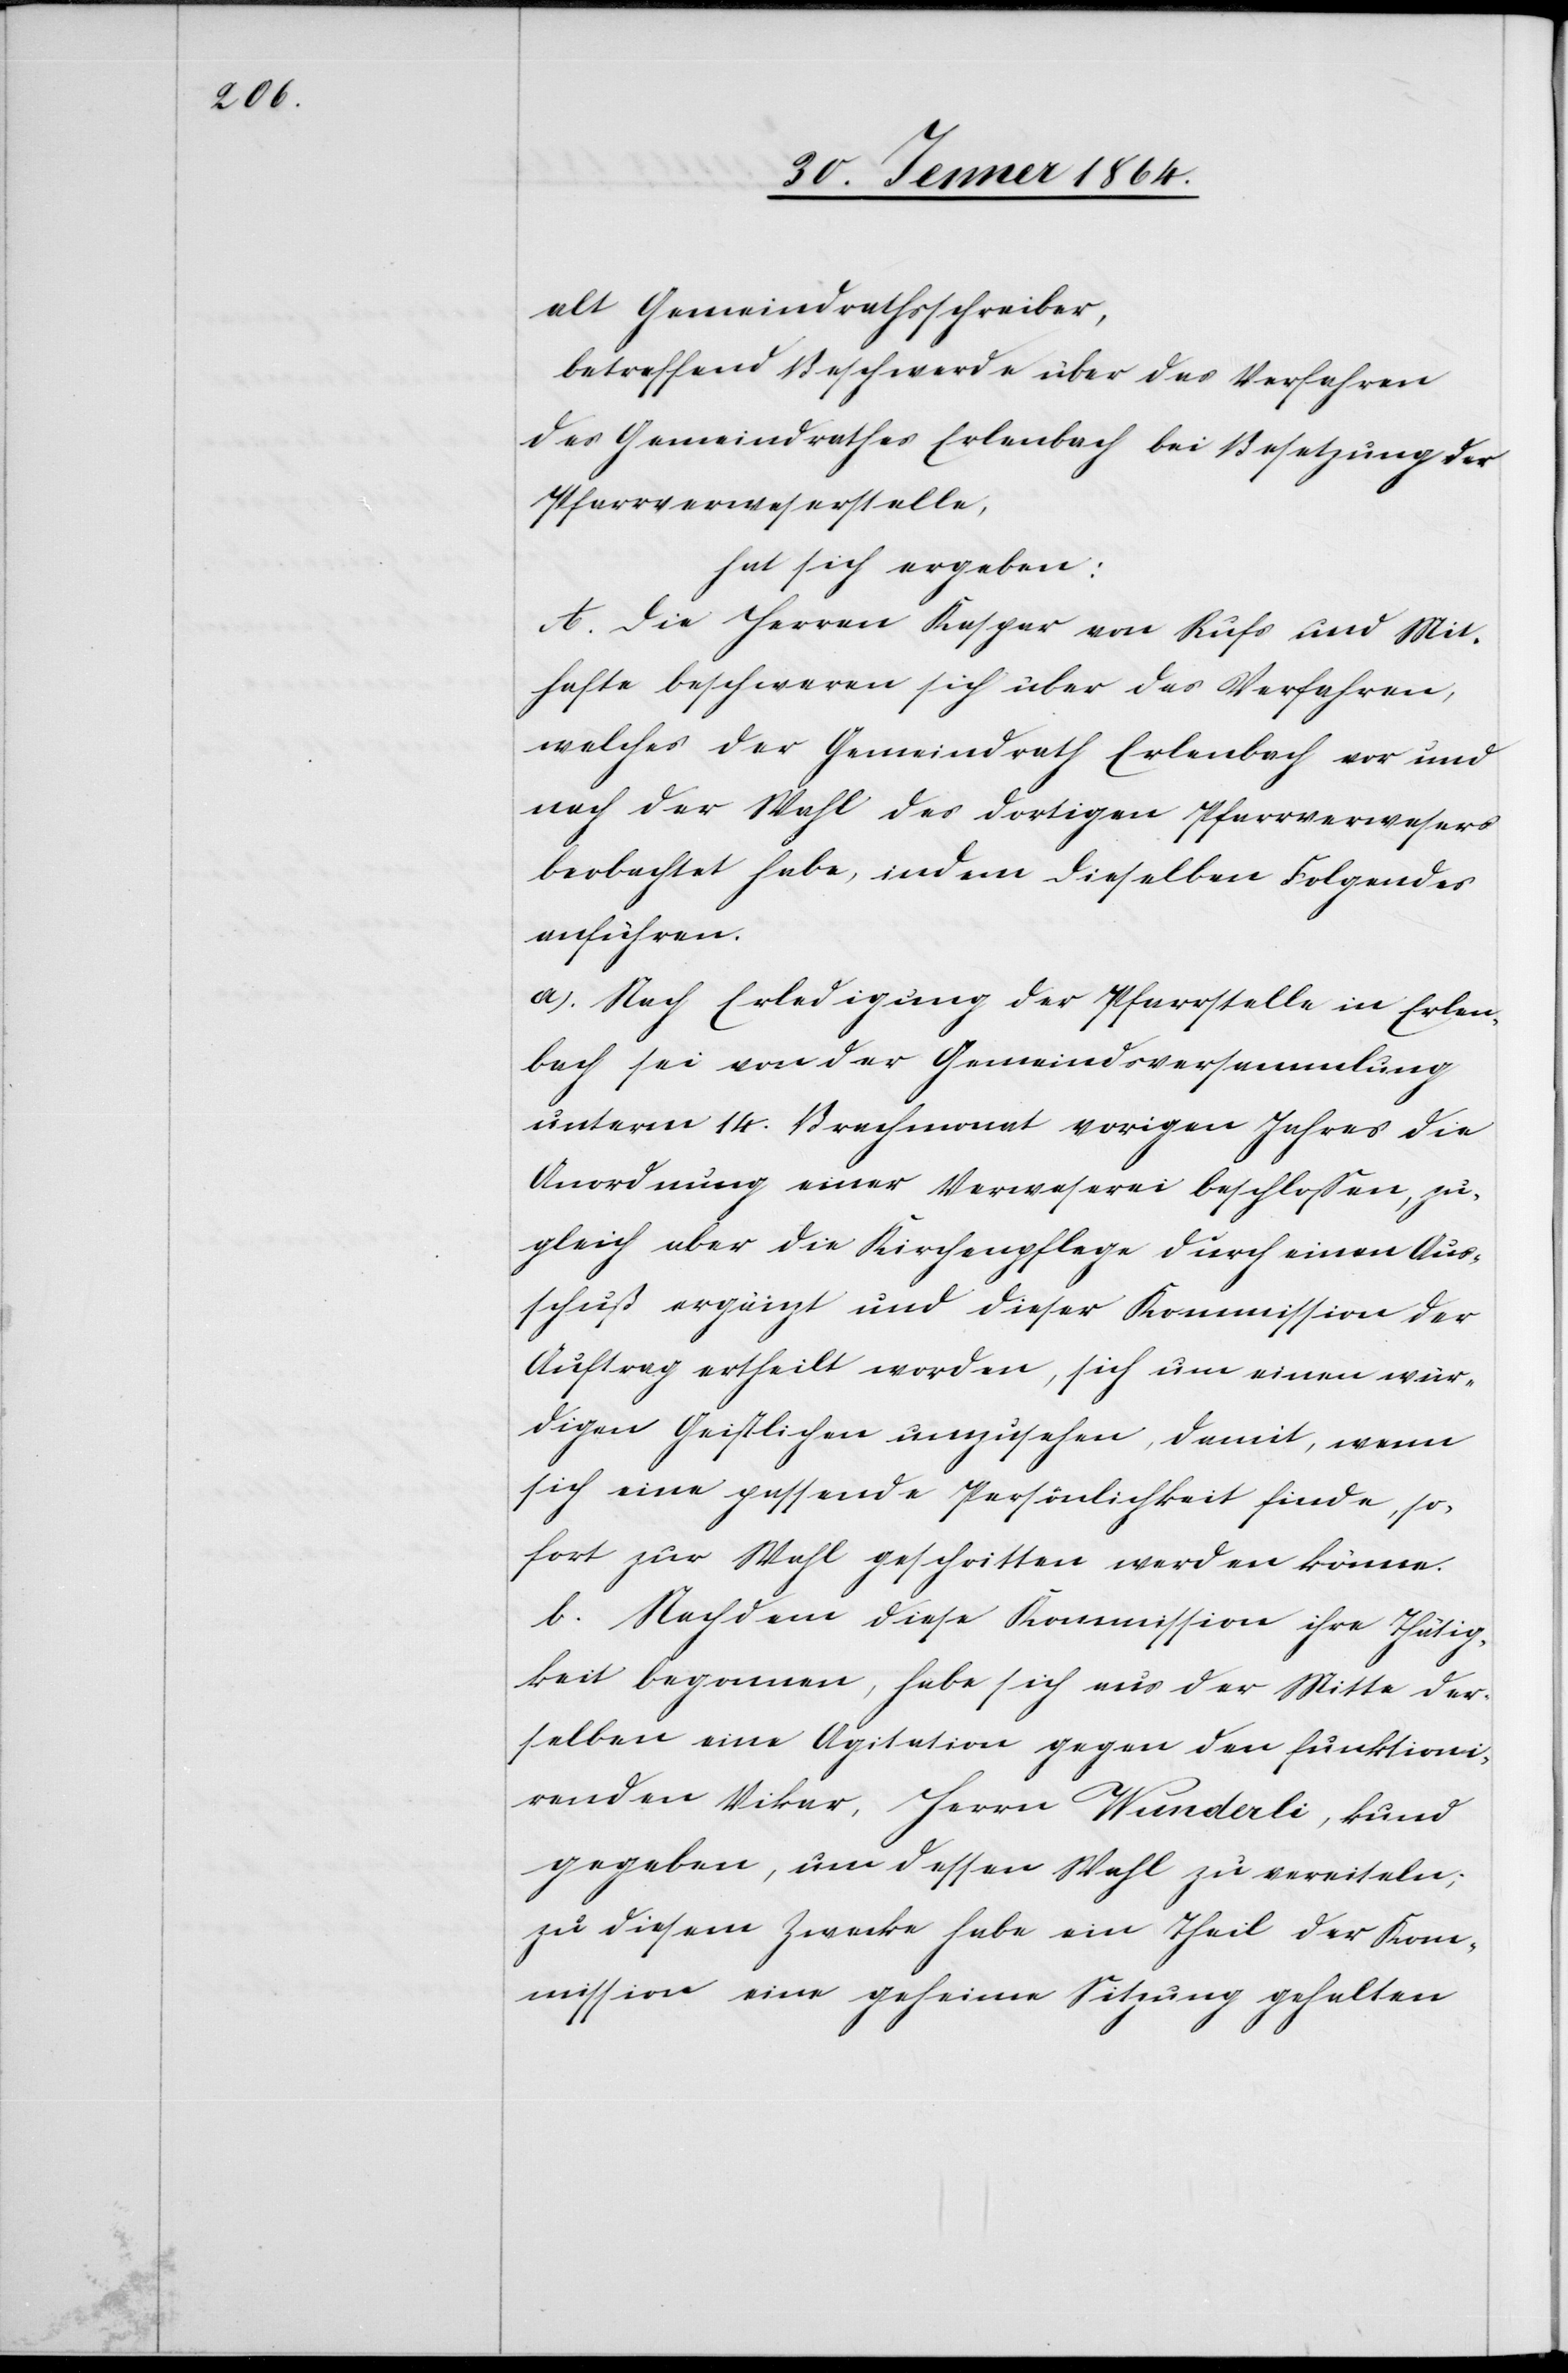
alt Gemeindrathsschreiber,
betreffend Beschwerde über das Verfahren
des Gemeindrathes Erlenbach bei Besetzung der
Pfarrverweserstelle,
hat sich ergeben:
A. Die Herren Kaspar von Rufs und Mit¬
hafte beschweren sich über das Verfahren,
welches der Gemeindrath Erlenbach vor und
nach der Wahl des dortigen Pfarrverwesers
beobachtet habe, indem dieselben Folgendes
anführen.
a.) Nach Erledigung der Pfarrstelle in Erlen¬
bach sei von der Gemeindsversammlung
unterm 14. Brachmonat vorigen Jahres die
Anordnung einer Verweserei beschlossen, zu¬
gleich aber die Kirchenpflege durch einen Aus¬
schuß ergänzt und dieser Kommission der
Auftrag ertheilt worden, sich um einen wür¬
digen Geistlichen umzusehen, damit, wenn
sich eine passende Persönlichkeit finde, so¬
fort zur Wahl geschritten werden könne.
b.) Nachdem diese Kommission ihre Thätig¬
keit begonnen, habe sich aus der Mitte der¬
selben eine Agitation gegen den funktioni¬
renden Vikar, Herrn Wunderli, kund
gegeben, um dessen Wahl zu vereiteln;
zu diesem Zwecke habe ein Theil der Kom¬
mission eine geheime Sitzung gehalten